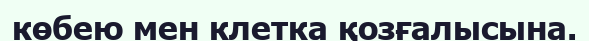
көбею мен клетка қозғалысына.